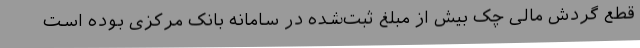
قطع گردش مالی چک بیش از مبلغ ثبت‌شده در سامانه بانک مرکزی بوده است